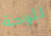
للوحة